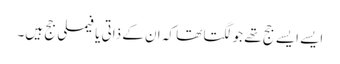
ایسے ایسے جج تھے جو لگتا تھا کہ ان کے ذاتی یا فیملی جج ہیں۔